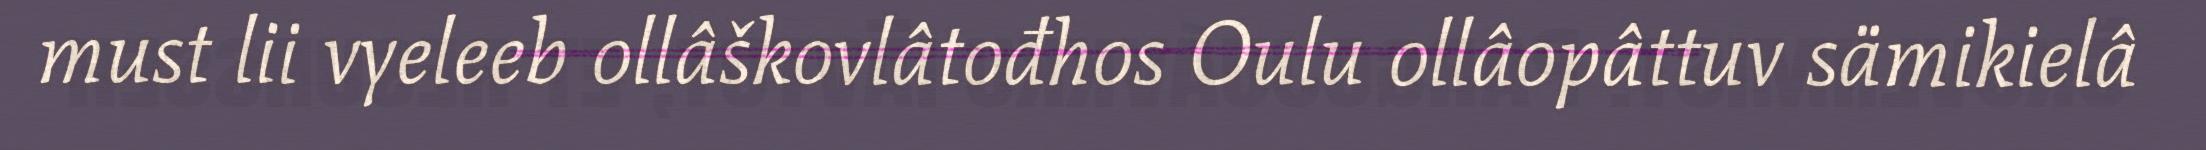
must lii vyeleeb ollâškovlâtođhos Oulu ollâopâttuv sämikielâ